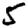
Digit: 5